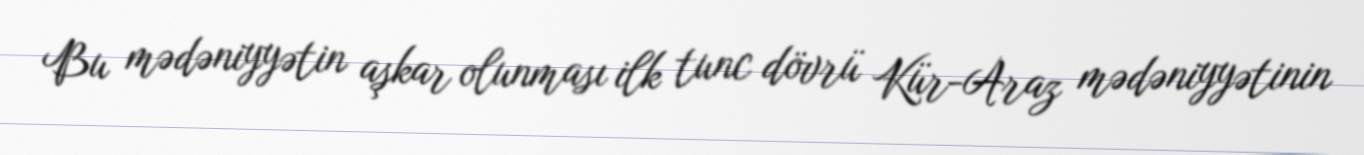
Bu mədəniyyətin aşkar olunması ilk tunc dövrü Kür-Araz mədəniyyətinin